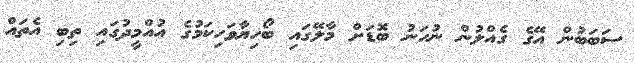
ސަބަބުން އޭގެ ގެއްލުން ނުހަނު ބޮޑަށް މާލޭގައި ބޯހިޔާވަހިކަމުގެ އުއްމީދުގައި ތިބި އެތައް